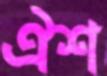
ঐশ